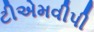
ટીએમવીપી